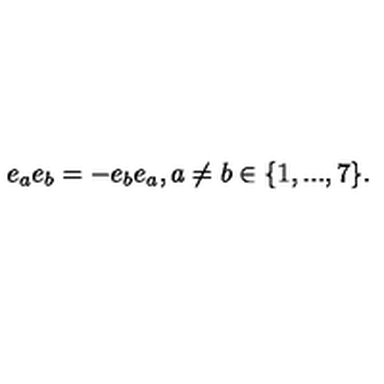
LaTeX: e _ { a } e _ { b } = - e _ { b } e _ { a } , a \ne b \in \{ 1 , . . . , 7 \} .